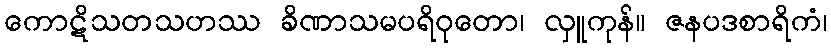
ကောဋိသတသဟဿ ခိဏာသမပရိဝုတော၊ လှူကုန်။ ဇနပဒစာရိကံ၊